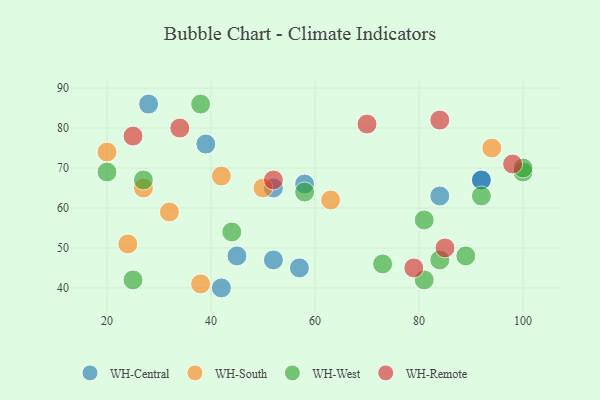
{"axis": {"x": "GDP", "y": "Life Expectancy"}, "legend": ["WH-Central", "WH-Remote", "WH-South", "WH-West"], "data": [{"x": "42", "y": 40, "type": "WH-Central"}, {"x": "84", "y": 63, "type": "WH-Central"}, {"x": "52", "y": 65, "type": "WH-Central"}, {"x": "39", "y": 76, "type": "WH-Central"}, {"x": "57", "y": 45, "type": "WH-Central"}, {"x": "28", "y": 86, "type": "WH-Central"}, {"x": "58", "y": 66, "type": "WH-Central"}, {"x": "92", "y": 67, "type": "WH-Central"}, {"x": "52", "y": 47, "type": "WH-Central"}, {"x": "92", "y": 67, "type": "WH-Central"}, {"x": "45", "y": 48, "type": "WH-Central"}, {"x": "24", "y": 51, "type": "WH-South"}, {"x": "38", "y": 41, "type": "WH-South"}, {"x": "63", "y": 62, "type": "WH-South"}, {"x": "32", "y": 59, "type": "WH-South"}, {"x": "42", "y": 68, "type": "WH-South"}, {"x": "20", "y": 74, "type": "WH-South"}, {"x": "50", "y": 65, "type": "WH-South"}, {"x": "94", "y": 75, "type": "WH-South"}, {"x": "27", "y": 65, "type": "WH-South"}, {"x": "89", "y": 48, "type": "WH-West"}, {"x": "81", "y": 42, "type": "WH-West"}, {"x": "27", "y": 67, "type": "WH-West"}, {"x": "25", "y": 42, "type": "WH-West"}, {"x": "58", "y": 64, "type": "WH-West"}, {"x": "92", "y": 63, "type": "WH-West"}, {"x": "81", "y": 57, "type": "WH-West"}, {"x": "100", "y": 69, "type": "WH-West"}, {"x": "44", "y": 54, "type": "WH-West"}, {"x": "100", "y": 70, "type": "WH-West"}, {"x": "73", "y": 46, "type": "WH-West"}, {"x": "20", "y": 69, "type": "WH-West"}, {"x": "38", "y": 86, "type": "WH-West"}, {"x": "84", "y": 47, "type": "WH-West"}, {"x": "85", "y": 50, "type": "WH-Remote"}, {"x": "84", "y": 82, "type": "WH-Remote"}, {"x": "79", "y": 45, "type": "WH-Remote"}, {"x": "34", "y": 80, "type": "WH-Remote"}, {"x": "52", "y": 67, "type": "WH-Remote"}, {"x": "70", "y": 81, "type": "WH-Remote"}, {"x": "98", "y": 71, "type": "WH-Remote"}, {"x": "25", "y": 78, "type": "WH-Remote"}]}